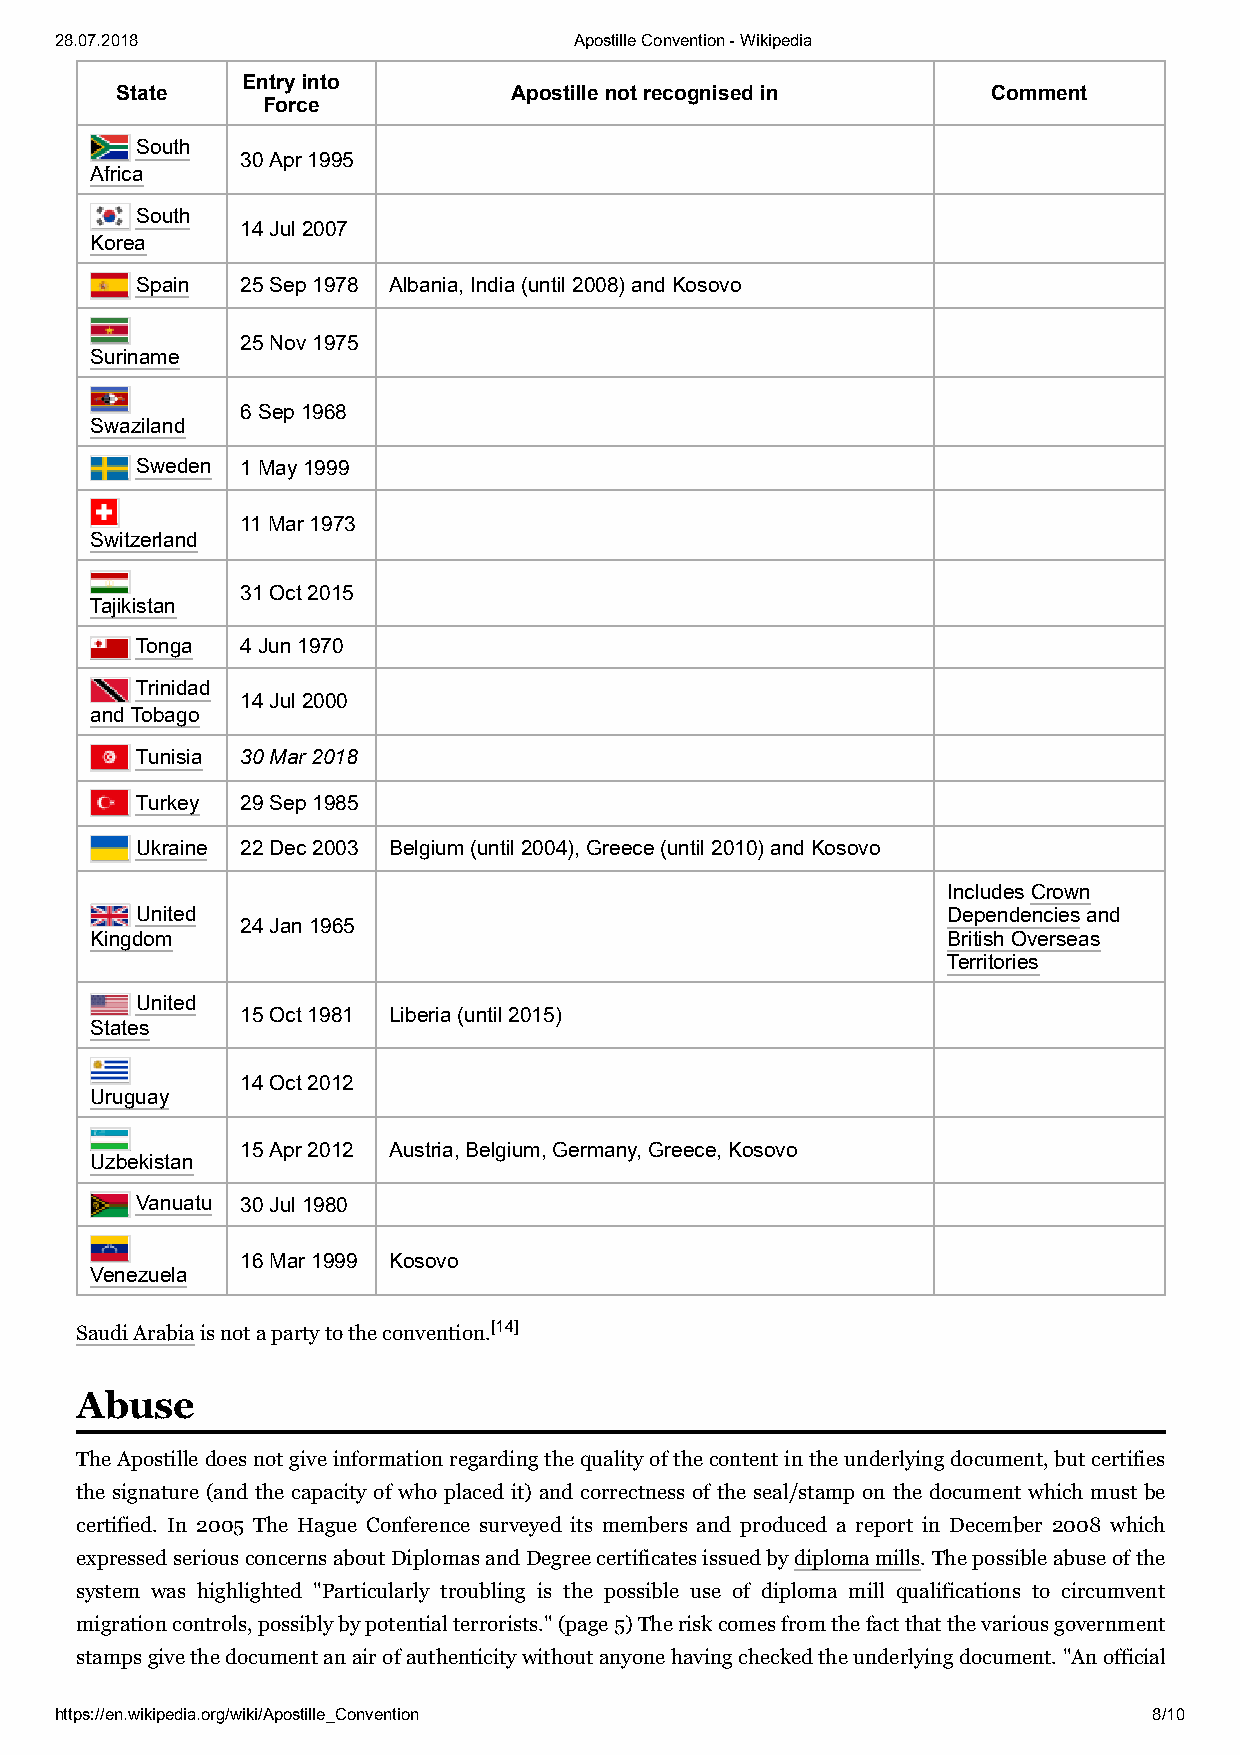
28.07.2018                        Apostlle Conventon - Wkpeda
 Entry into
 State                     Apostille not recognised in     Comment
 Force
 South
 30 Apr 1995
 Africa
 South
 14 Jul 2007
 Korea
 Spain  25 Sep 1978 Albania, India (until 2008) and Kosovo
 25 Nov 1975
 Suriname
 6 Sep 1968
 Swaziland
 Sweden 1 May 1999
 11 Mar 1973
 Switzerland
 31 Oct 2015
 Tajikistan
 Tonga  4 Jun 1970
 Trinidad
 14 Jul 2000
 and Tobago
 Tunisia 30 Mar 2018
 Turkey 29 Sep 1985
 Ukraine 22 Dec 2003 Belgium (until 2004), Greece (until 2010) and Kosovo
 Includes Crown
 United                                                Dependencies and
 24 Jan 1965
 Kingdom                                                  British Overseas
 Territories
 United
 15 Oct 1981 Liberia (until 2015)
 States
 14 Oct 2012
 Uruguay
 15 Apr 2012 Austria, Belgium, Germany, Greece, Kosovo
 Uzbekistan
 Vanuatu 30 Jul 1980
 16 Mar 1999 Kosovo
 Venezuela
 Saudi Arabia is not a party to the convention.[14]
 Abuse
 The Apostille does not give information regarding the quality of the content in the underlying document, but certifies
 the signature (and the capacity of who placed it) and correctness of the seal/stamp on the document which must be
 certified. In 2005 The Hague Conference surveyed its members and produced a report in December 2008 which
 expressed serious concerns about Diplomas and Degree certificates issued by diploma mills. The possible abuse of the
 system was highlighted "Particularly troubling is the possible use of diploma mill qualifications to circumvent
 migration controls, possibly by potential terrorists." (page 5) The risk comes from the fact that the various government
 stamps give the document an air of authenticity without anyone having checked the underlying document. "An official
 https://en.wkpeda.org/wk/Apostlle_Conventon                      8/10